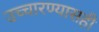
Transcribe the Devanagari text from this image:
उच्चारण्यासही